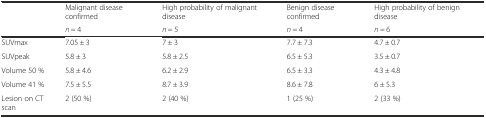
<table><thead><tr><td rowspan="2"></td><td><b>Malignant disease confirmed</b></td><td><b>High probability of malignant disease</b></td><td><b>Benign disease confirmed</b></td><td><b>High probability of benign disease</b></td></tr><tr><td><b><i>n</i> = 4</b></td><td><b><i>n</i> = 5</b></td><td><b><i>n</i> = 4</b></td><td><b><i>n</i> = 6</b></td></tr></thead><tbody><tr><td>SUVmax</td><td>7.05 ± 3</td><td>7 ± 3</td><td>7.7 ± 7.3</td><td>4.7 ± 0.7</td></tr><tr><td>SUVpeak</td><td>5.8 ± 3</td><td>5.8 ± 2.5</td><td>6.5 ± 5.3</td><td>3.5 ± 0.7</td></tr><tr><td>Volume 50 %</td><td>5.8 ± 4.6</td><td>6.2 ± 2.9</td><td>6.5 ± 3.3</td><td>4.3 ± 4.8</td></tr><tr><td>Volume 41 %</td><td>7.5 ± 5.5</td><td>8.7 ± 3.9</td><td>8.6 ± 7.8</td><td>6 ± 5.3</td></tr><tr><td>Lesion on CT scan</td><td>2 (50 %)</td><td>2 (40 %)</td><td>1 (25 %)</td><td>2 (33 %)</td></tr></tbody></table>